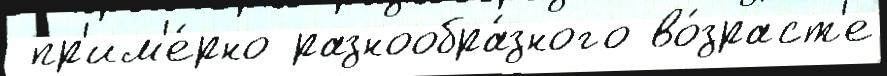
 пр'им'е́рно разнообра́зного во́зраст'е